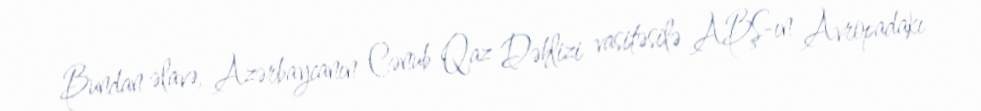
Bundan əlavə, Azərbaycanın Cənub Qaz Dəhlizi vasitəsilə ABŞ-ın Avropadakı